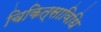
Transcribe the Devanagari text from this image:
चिकित्साविधि